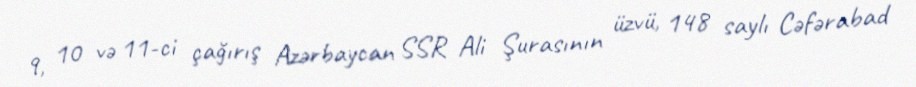
9, 10 və 11-ci çağırış Azərbaycan SSR Ali Şurasının üzvü, 148 saylı Cəfərabad